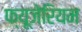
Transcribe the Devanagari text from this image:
फ्यूजेरियम